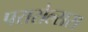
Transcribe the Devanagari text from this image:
परासेल्सस